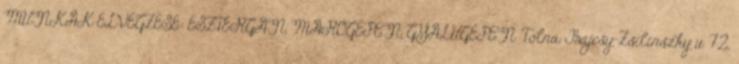
MUNKÁK ELVÉGZÉSE: ESZTERGÁN, MARÓGÉPEN, GYALUGÉPEN. Tolna, Bajcsy-Zsilinszky u. 72.